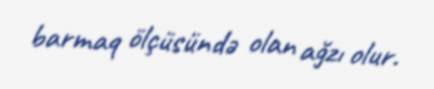
barmaq ölçüsündə olan ağzı olur.